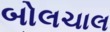
બોલચાલ